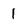
Character: 1